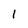
Character: I